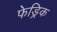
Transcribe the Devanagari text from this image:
फेड्रिक